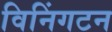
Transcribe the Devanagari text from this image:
विनिंगटन